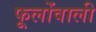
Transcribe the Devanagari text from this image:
फूलोंवाली